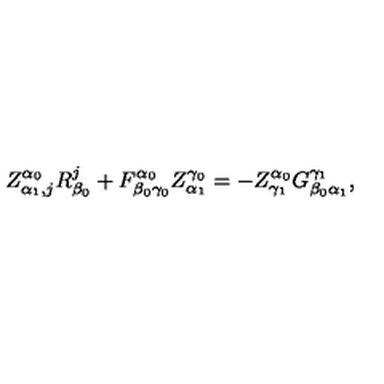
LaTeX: Z _ { \alpha _ { 1 } , j } ^ { \alpha _ { 0 } } R _ { \beta _ { 0 } } ^ { j } + F _ { \beta _ { 0 } \gamma _ { 0 } } ^ { \alpha _ { 0 } } Z _ { \alpha _ { 1 } } ^ { \gamma _ { 0 } } = - Z _ { \gamma _ { 1 } } ^ { \alpha _ { 0 } } G _ { \beta _ { 0 } \alpha _ { 1 } } ^ { \gamma _ { 1 } } ,